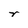
Character: r